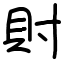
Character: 𧴫